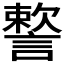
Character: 𧫷